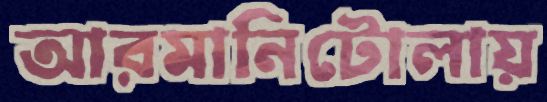
আরমানিটোলায়